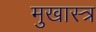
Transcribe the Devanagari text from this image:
मुखास्त्र